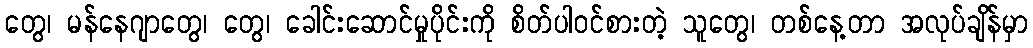
တွေ၊ မန်နေဂျာတွေ၊ တွေ၊ ခေါင်းဆောင်မှုပိုင်းကို စိတ်ပါဝင်စားတဲ့ သူတွေ၊ တစ်နေ့တာ အလုပ်ချိန်မှာ